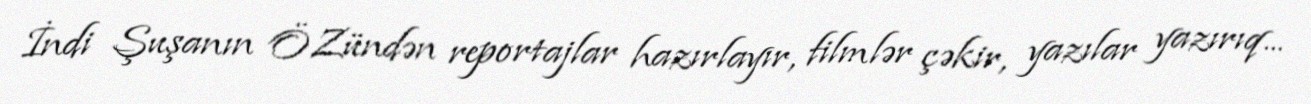
İndi Şuşanın ÖZündən reportajlar hazırlayır, filmlər çəkir, yazılar yazırıq...